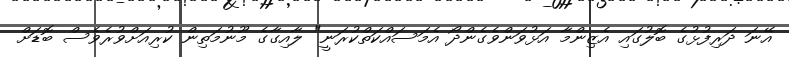
އޭނަ ދަރިފުޅުގެ ބޮލުގައި އެޒިންމާ އަޅުވަންވެގެންދޯ އެމަސައްކަތްކުރަނީ" ލާއިގާގެ މޫނުމަތިން ކުރިއަށްވުރެވެސް ބޮޑަށް